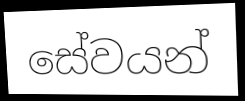
සේවයන්